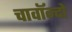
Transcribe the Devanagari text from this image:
चावॉन्दो